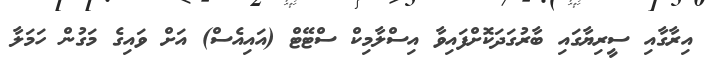
އިރާގާއި ސީރިޔާގައި ބާރުގަދަކޮށްފައިވާ އިސްލާމިކް ސްޓޭޓް (އައިއެސް) އަށް ވައިގެ މަގުން ހަމަލާ